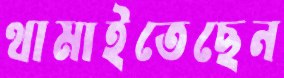
থামাইতেছেন